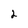
Character: 2